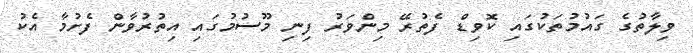
ވިލާތުގެ ގައުމުތަކުގައި ކޮވިޑް ފެތުރޭ މިންވަރު ފިނި މޫސުމުގައި އިތުރުވާން ފެށުމާ އެކު